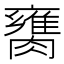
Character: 𦡈